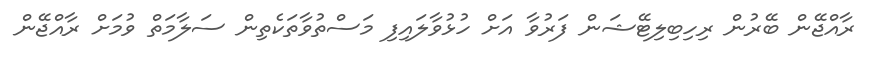
ރާއްޖޭން ބޭރުން ރިހިބިލިޓޭޝަން ފަރުވާ އަށް ހުޅުވާލައިފި މަސްތުވާތަކެތިން ސަލާމަތް ވުމަށް ރާއްޖޭން